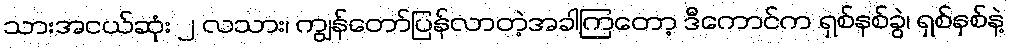
သားအငယ်ဆုံး ၂ လသား၊ ကျွန်တော်ပြန်လာတဲ့အခါကြတော့ ဒီကောင်က ရှစ်နစ်ခွဲ၊ ရှစ်နှစ်နဲ့